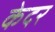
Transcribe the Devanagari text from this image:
केदर